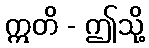
ဣတိ - ဤသို့